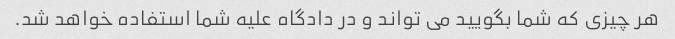
هر چیزی که شما بگویید می تواند و در دادگاه علیه شما استفاده خواهد شد.